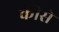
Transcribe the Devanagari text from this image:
कीसे